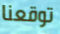
توقعنا